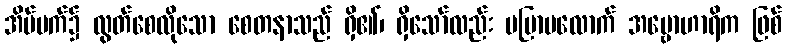
အိပ်မက်၌ လွတ်စေလိုသော စေတနာသည် ရှိ၏၊ ရှိသော်လည်း မပြာပလောက် အဗ္ဗောဟာရိက ဖြစ်